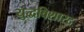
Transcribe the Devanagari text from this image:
युद्धविशारद